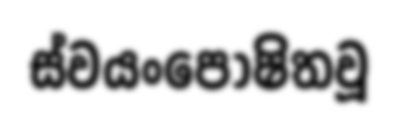
ස්වයංපෝෂිතවූ